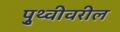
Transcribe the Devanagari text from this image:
पृुथ्वीवरील